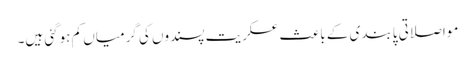
مواصلاتی پابندی کے باعث عسکریت پسندوں کی گرمیاں کم ہوگئی ہیں۔